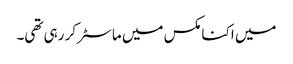
میں اکنامکس میں ماسٹر کر رہی تھی۔